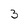
Character: 3